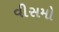
વીસમો